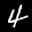
Label: 4